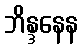
ဘိန္ဒနေန